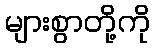
များစွာတို့ကို